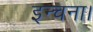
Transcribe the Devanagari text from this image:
इन्चना।